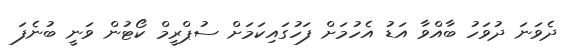
ދެވަނަ ދުވަހު ބާއްވާ އަޑު އެހުމަށް ފަހުގައިކަމަށް ސުޕްރީމް ކޯޓުން ވަނީ ބުނެފަ